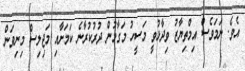
އެވެ. ނަމަވެސް އިމްތިޔާޒު ވިދާޅުވީ މަސީހު މަގާމުން ދުުރުކުރާނެ ކަމަށާއި މަޖިލިސް މިނިވަން